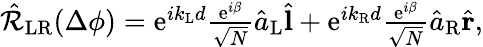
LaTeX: \begin{array}{r}{\hat{\mathcal{R}}_{\mathrm{LR}}(\Delta\phi)=\mathrm{e}^{ik_{\mathrm{L}}d}\frac{\mathrm{e}^{i\beta}}{\sqrt{N}}\hat{a}_{\mathrm{L}}\hat{\mathbf l}+\mathrm{e}^{ik_{\mathrm{R}}d}\frac{\mathrm{e}^{i\beta}}{\sqrt{N}}\hat{a}_{\mathrm{R}}\hat{\mathbf r},}\end{array}